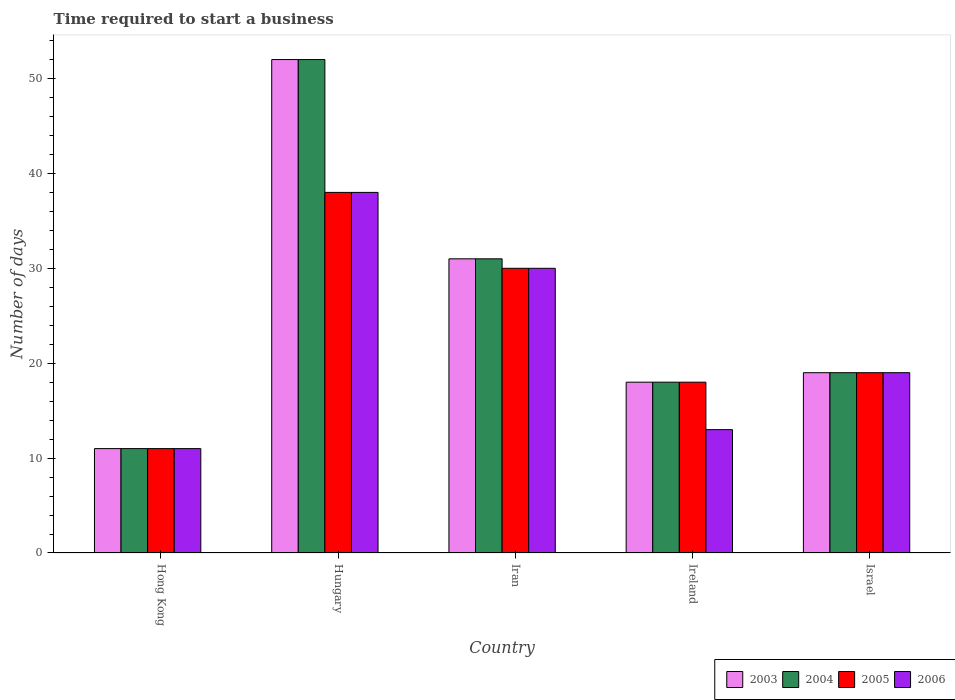
| Country | 2003 | 2004 | 2005 | 2006 |
 | --- | --- | --- | --- | --- |
 | Hong Kong | 11 | 11 | 11 | 11 |
 | Hungary | 52 | 52 | 38 | 38 |
 | Iran | 31 | 31 | 30 | 30 |
 | Ireland | 18 | 18 | 18 | 13 |
 | Israel | 19 | 19 | 19 | 19 |